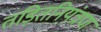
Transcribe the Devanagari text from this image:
तड़ितनियंत्रण